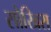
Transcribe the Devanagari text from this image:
सोखिरा